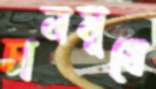
চানমুখে